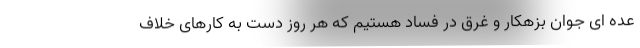
عده ای جوان بزهکار و غرق در فساد هستیم که هر روز دست به کارهای خلاف